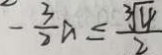
- \frac { 3 } { 2 } a \leq \frac { \sqrt [ 3 ] { 4 } } { 2 }